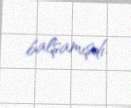
balşamışdı.